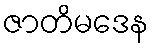
ဇာတိမဒေန